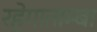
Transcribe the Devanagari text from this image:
रहेगाताम्बा